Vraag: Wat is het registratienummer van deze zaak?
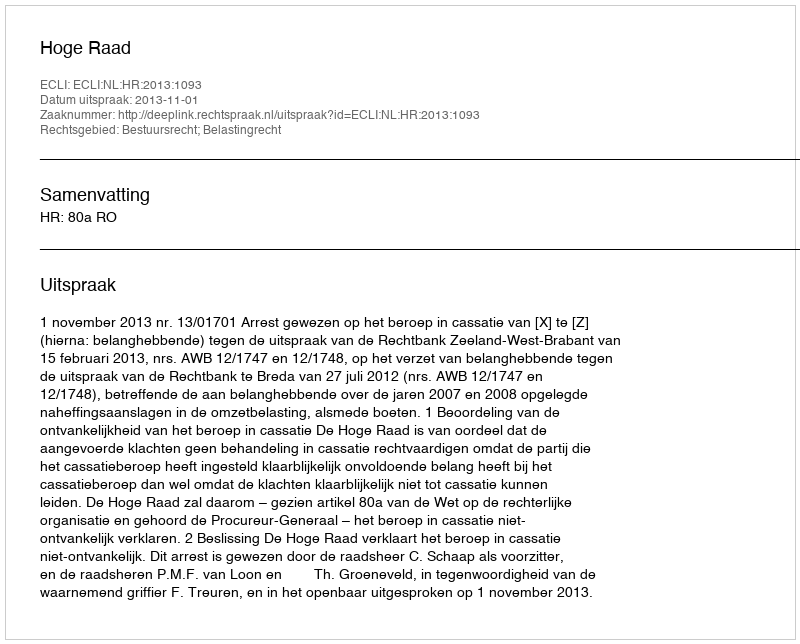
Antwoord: http://deeplink.rechtspraak.nl/uitspraak?id=ECLI:NL:HR:2013:1093